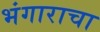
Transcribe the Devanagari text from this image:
भंगाराचा